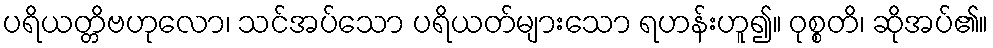
ပရိယတ္တိဗဟုလော၊ သင်အပ်သော ပရိယတ်များသော ရဟန်းဟူ၍။ ဝုစ္စတိ၊ ဆိုအပ်၏။